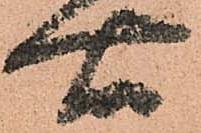
右